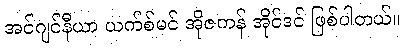
အင်ဂျင်နီယာ ယက်စ်မင် အိုဇကန် အိုင်ဒင် ဖြစ်ပါတယ်။